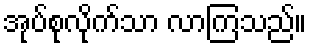
အုပ်စုလိုက်သာ လာကြသည်။